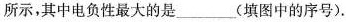
所示，其中电负性最大的是___(填图中的序号)。